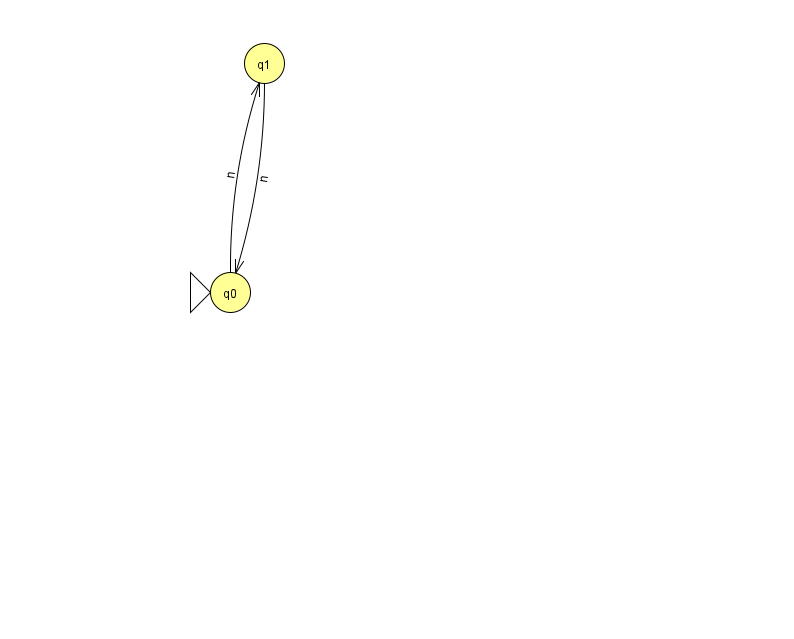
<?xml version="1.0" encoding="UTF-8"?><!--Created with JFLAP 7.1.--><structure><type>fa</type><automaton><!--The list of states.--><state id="0" name="q0"><x>230.0</x><y>279.0</y><initial/></state><state id="1" name="q1"><x>264.0</x><y>50.0</y></state><!--The list of transitions.--><transition><from>0</from><to>1</to><read>n</read></transition><transition><from>1</from><to>0</to><read>n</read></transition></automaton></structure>